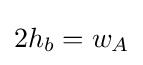
2h_{b}=w_{A}